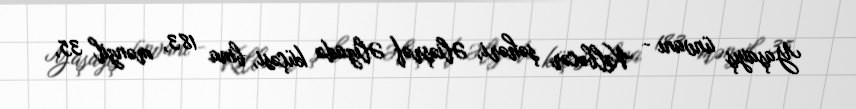
Yaşayış ünvanı - Kəlbəcər şəhəri, Əliəşrəf Əlizadə küçəsi, bina 183, mənzil 35,